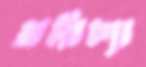
মরিচ্যা